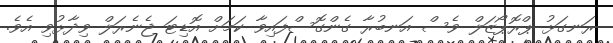
ރަނގަޅު ޕްރޮޕޯޒަލް ވެސް އަނބުރާ ގެންގޮސްފައިވާ ކަމަށް އޮޑިޓަ ޖެނެރަލް ވިދާޅުވި އެވެ.